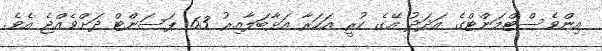
އިންވެސްޓްމަންޓްގެ އަދަދު އޭގެ ކުރީ އަހަރާ އަޅާބަލާއިރު 63 ޕަސަންޓް ދަށްވެއްޖެ އެވެ.